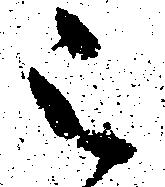
被